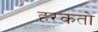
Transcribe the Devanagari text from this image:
हरकतो